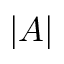
| A |